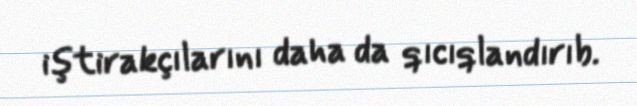
iştirakçılarını daha da qıcıqlandırıb.